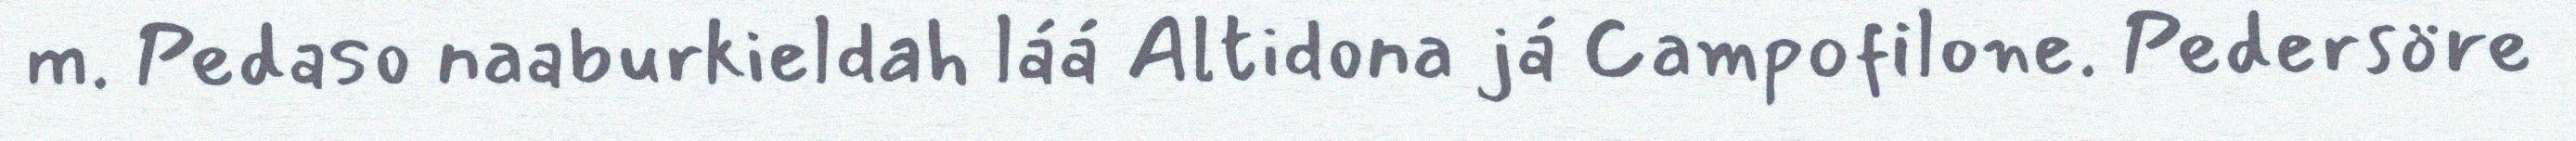
m. Pedaso naaburkieldah láá Altidona já Campofilone. Pedersöre